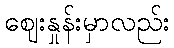
ဈေးနှုန်းမှာလည်း